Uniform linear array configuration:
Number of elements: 32
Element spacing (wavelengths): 0.25
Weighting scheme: hann
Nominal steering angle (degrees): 30
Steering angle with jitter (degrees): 31.116
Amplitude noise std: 0.05
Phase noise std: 0.05

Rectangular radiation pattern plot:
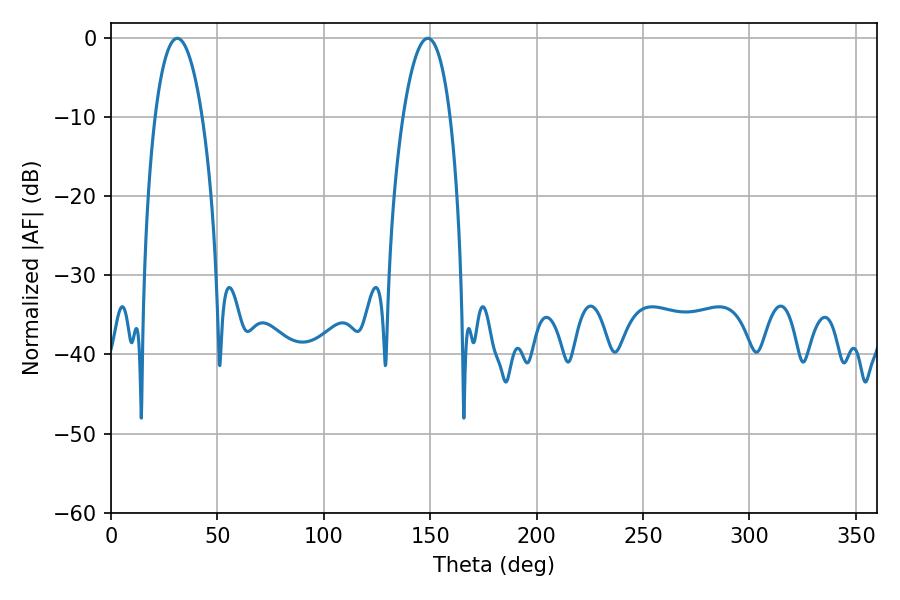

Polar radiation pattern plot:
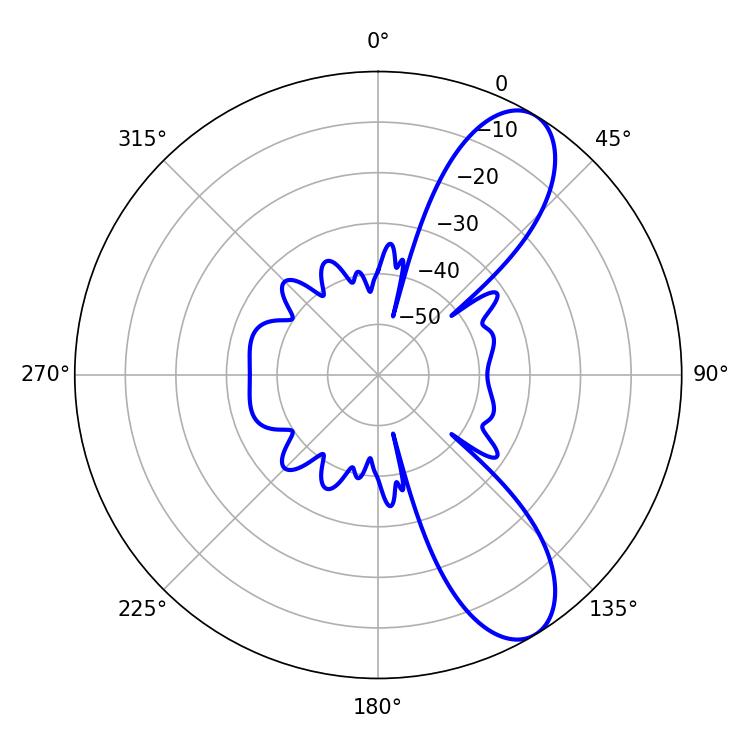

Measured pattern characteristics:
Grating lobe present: FALSE
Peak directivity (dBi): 9.233
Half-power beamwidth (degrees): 12.24
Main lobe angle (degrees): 31.14